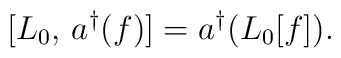
[L_0,\,a^{\dag}(f)]=a^{\dag}(L_0[f]).